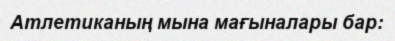
Атлетиканың мына мағыналары бар: